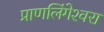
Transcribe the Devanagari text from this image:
प्राणलिंगेश्‍वरा